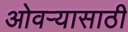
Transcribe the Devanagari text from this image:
ओवऱ्यासाठी